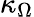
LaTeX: \kappa_{\Omega}